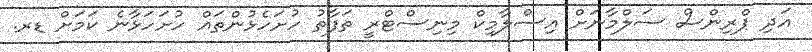
އަދި ޕްރިންސް ސަލްމާނަށް އިސްލާމިކް މިނިސްޓްރީ ތަފާތު ހުށަހެޅުންތައް ހުށަހަޅާނެ ކަމަށް ޑރ.